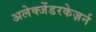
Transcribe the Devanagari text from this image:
अलेक्जेंडरकेज़र्न